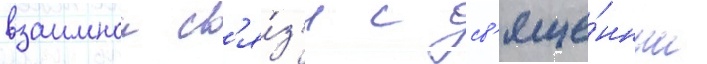
взаимнои св'я́з'и с св'яще́нным